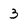
Character: 3